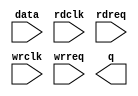
// megafunction wizard: %FIFO%VBB%
// GENERATION: STANDARD
// VERSION: WM1.0
// MODULE: dcfifo_mixed_widths 

// ============================================================
// Megafunction Name(s):
// 			dcfifo_mixed_widths
//
// Simulation Library Files(s):
// 			altera_mf
// ============================================================
// ************************************************************
// THIS IS A WIZARD-GENERATED FILE. DO NOT EDIT THIS FILE!
//
// 13.0.0 Build 156 04/24/2013 SJ Full Version
// ************************************************************

//Copyright (C) 1991-2013 Altera Corporation
//Your use of Altera Corporation's design tools, logic functions 
//and other software and tools, and its AMPP partner logic 
//functions, and any output files from any of the foregoing 
//(including device programming or simulation files), and any 
//associated documentation or information are expressly subject 
//to the terms and conditions of the Altera Program License 
//Subscription Agreement, Altera MegaCore Function License 
//Agreement, or other applicable license agreement, including, 
//without limitation, that your use is for the sole purpose of 
//programming logic devices manufactured by Altera and sold by 
//Altera or its authorized distributors.  Please refer to the 
//applicable agreement for further details.

module fifo_rd_data (
	data,
	rdclk,
	rdreq,
	wrclk,
	wrreq,
	q);

	input	[15:0]  data;
	input	  rdclk;
	input	  rdreq;
	input	  wrclk;
	input	  wrreq;
	output	[7:0]  q;

endmodule

// ============================================================
// CNX file retrieval info
// ============================================================
// Retrieval info: PRIVATE: AlmostEmpty NUMERIC "0"
// Retrieval info: PRIVATE: AlmostEmptyThr NUMERIC "-1"
// Retrieval info: PRIVATE: AlmostFull NUMERIC "0"
// Retrieval info: PRIVATE: AlmostFullThr NUMERIC "-1"
// Retrieval info: PRIVATE: CLOCKS_ARE_SYNCHRONIZED NUMERIC "0"
// Retrieval info: PRIVATE: Clock NUMERIC "4"
// Retrieval info: PRIVATE: Depth NUMERIC "512"
// Retrieval info: PRIVATE: Empty NUMERIC "1"
// Retrieval info: PRIVATE: Full NUMERIC "1"
// Retrieval info: PRIVATE: INTENDED_DEVICE_FAMILY STRING "Cyclone IV E"
// Retrieval info: PRIVATE: LE_BasedFIFO NUMERIC "0"
// Retrieval info: PRIVATE: LegacyRREQ NUMERIC "1"
// Retrieval info: PRIVATE: MAX_DEPTH_BY_9 NUMERIC "0"
// Retrieval info: PRIVATE: OVERFLOW_CHECKING NUMERIC "0"
// Retrieval info: PRIVATE: Optimize NUMERIC "0"
// Retrieval info: PRIVATE: RAM_BLOCK_TYPE NUMERIC "0"
// Retrieval info: PRIVATE: SYNTH_WRAPPER_GEN_POSTFIX STRING "0"
// Retrieval info: PRIVATE: UNDERFLOW_CHECKING NUMERIC "0"
// Retrieval info: PRIVATE: UsedW NUMERIC "1"
// Retrieval info: PRIVATE: Width NUMERIC "16"
// Retrieval info: PRIVATE: dc_aclr NUMERIC "0"
// Retrieval info: PRIVATE: diff_widths NUMERIC "1"
// Retrieval info: PRIVATE: msb_usedw NUMERIC "0"
// Retrieval info: PRIVATE: output_width NUMERIC "8"
// Retrieval info: PRIVATE: rsEmpty NUMERIC "0"
// Retrieval info: PRIVATE: rsFull NUMERIC "0"
// Retrieval info: PRIVATE: rsUsedW NUMERIC "0"
// Retrieval info: PRIVATE: sc_aclr NUMERIC "0"
// Retrieval info: PRIVATE: sc_sclr NUMERIC "0"
// Retrieval info: PRIVATE: wsEmpty NUMERIC "0"
// Retrieval info: PRIVATE: wsFull NUMERIC "0"
// Retrieval info: PRIVATE: wsUsedW NUMERIC "0"
// Retrieval info: LIBRARY: altera_mf altera_mf.altera_mf_components.all
// Retrieval info: CONSTANT: INTENDED_DEVICE_FAMILY STRING "Cyclone IV E"
// Retrieval info: CONSTANT: LPM_NUMWORDS NUMERIC "512"
// Retrieval info: CONSTANT: LPM_SHOWAHEAD STRING "OFF"
// Retrieval info: CONSTANT: LPM_TYPE STRING "dcfifo_mixed_widths"
// Retrieval info: CONSTANT: LPM_WIDTH NUMERIC "16"
// Retrieval info: CONSTANT: LPM_WIDTHU NUMERIC "9"
// Retrieval info: CONSTANT: LPM_WIDTHU_R NUMERIC "10"
// Retrieval info: CONSTANT: LPM_WIDTH_R NUMERIC "8"
// Retrieval info: CONSTANT: OVERFLOW_CHECKING STRING "ON"
// Retrieval info: CONSTANT: RDSYNC_DELAYPIPE NUMERIC "4"
// Retrieval info: CONSTANT: UNDERFLOW_CHECKING STRING "ON"
// Retrieval info: CONSTANT: USE_EAB STRING "ON"
// Retrieval info: CONSTANT: WRSYNC_DELAYPIPE NUMERIC "4"
// Retrieval info: USED_PORT: data 0 0 16 0 INPUT NODEFVAL "data[15..0]"
// Retrieval info: USED_PORT: q 0 0 8 0 OUTPUT NODEFVAL "q[7..0]"
// Retrieval info: USED_PORT: rdclk 0 0 0 0 INPUT NODEFVAL "rdclk"
// Retrieval info: USED_PORT: rdreq 0 0 0 0 INPUT NODEFVAL "rdreq"
// Retrieval info: USED_PORT: wrclk 0 0 0 0 INPUT NODEFVAL "wrclk"
// Retrieval info: USED_PORT: wrreq 0 0 0 0 INPUT NODEFVAL "wrreq"
// Retrieval info: CONNECT: @data 0 0 16 0 data 0 0 16 0
// Retrieval info: CONNECT: @rdclk 0 0 0 0 rdclk 0 0 0 0
// Retrieval info: CONNECT: @rdreq 0 0 0 0 rdreq 0 0 0 0
// Retrieval info: CONNECT: @wrclk 0 0 0 0 wrclk 0 0 0 0
// Retrieval info: CONNECT: @wrreq 0 0 0 0 wrreq 0 0 0 0
// Retrieval info: CONNECT: q 0 0 8 0 @q 0 0 8 0
// Retrieval info: GEN_FILE: TYPE_NORMAL fifo_rd_data.v TRUE
// Retrieval info: GEN_FILE: TYPE_NORMAL fifo_rd_data.inc FALSE
// Retrieval info: GEN_FILE: TYPE_NORMAL fifo_rd_data.cmp FALSE
// Retrieval info: GEN_FILE: TYPE_NORMAL fifo_rd_data.bsf FALSE
// Retrieval info: GEN_FILE: TYPE_NORMAL fifo_rd_data_inst.v TRUE
// Retrieval info: GEN_FILE: TYPE_NORMAL fifo_rd_data_bb.v TRUE
// Retrieval info: LIB_FILE: altera_mf